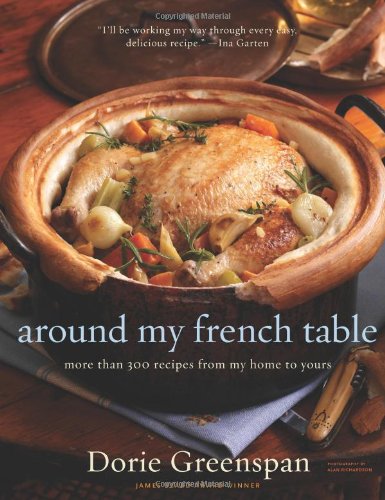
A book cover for Around My French Table: More than 300 Recipes from My Home to Yours; Dorie Greenspan; Cookbooks, Food & Wine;